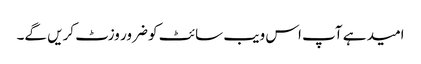
امید ہے آپ اس ویب سائٹ کو ضرور وزٹ کریں گے۔